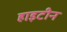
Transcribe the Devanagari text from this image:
हाइटीन